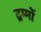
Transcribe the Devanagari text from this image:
द्रम्मों